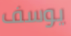
يوسف